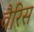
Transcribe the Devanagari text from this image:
वैरिस